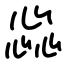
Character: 惢